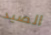
الصيد